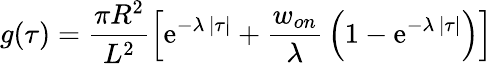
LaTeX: g(\tau)={\frac{\pi R^{2}}{L^{2}}}\Big[\mathrm{e}^{-\lambda\, |\tau|}+{\frac{w_{on}}{\lambda}}\left(1-\mathrm{e}^{-\lambda\, |\tau|}\right)\Big]